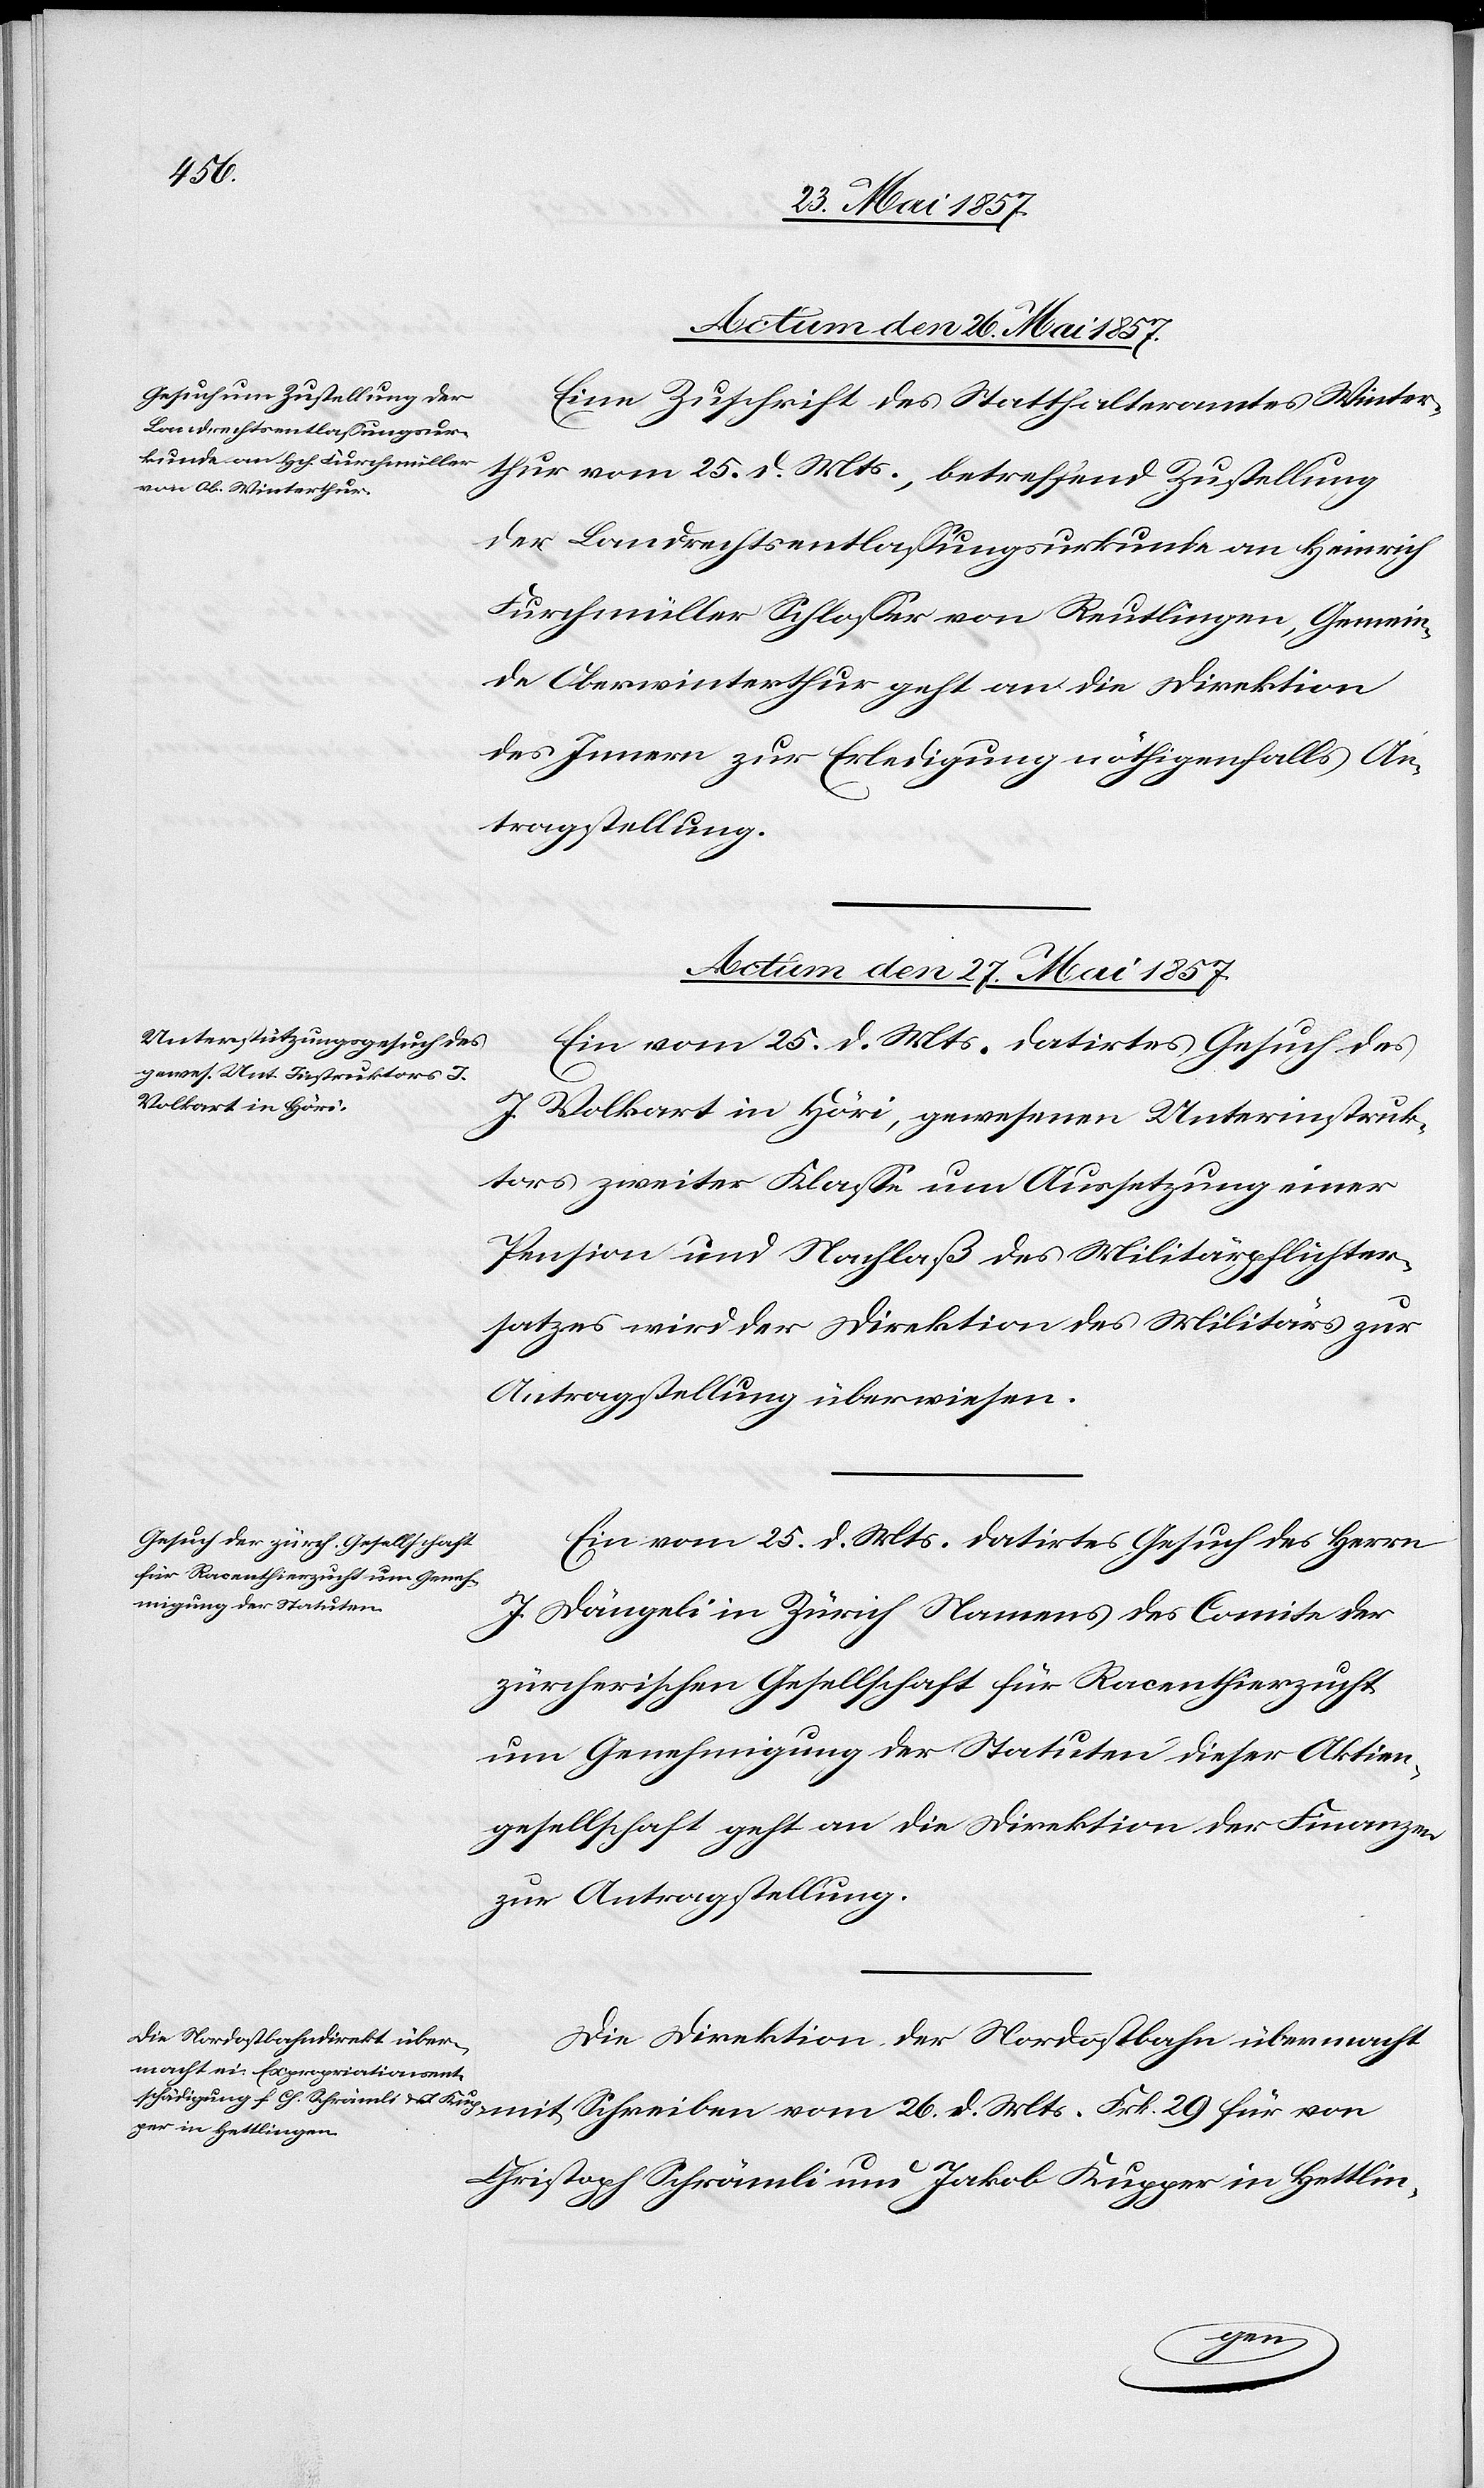
Actum den 26 Mai 1857.
Eine Zuschrift des Statthalteramtes Winter¬
thur vom 25 d. Mts., betreffend Zustellung
der Landrechtsentlassungsurkunde an Heinrich
Furchmüller Schloßer von Reutlingen, Gemein¬
de Oberwinterthur geht an die Direktion
des Innern zur Erledigung nöthigenfalls An¬
tragstellung.
Actum den 27 Mai 1857.]
Ein vom 25 d. Mts. datirtes Gesuch des
J. Volkart in Höri, gewesenen Unterinstruk¬
tors zweiter Klasse um Aussetzung einer
Pension und Nachlaß des Militärpflichter¬
satzes wird der Direktion des Militärs zur
Antragstellung überwiesen.
Ein vom 25 d. Mts. datirtes Gesuch des Herrn
J. Dängeli in Zürich Namens des Comite der
zürcherischen Gesellschaft für Racenthierzucht
um Genehmigung der Statuten dieser Aktien¬
gesellschaft geht an die Direktion der Finanzen
zur Antragstellung.
Die Direktion der Nordostbahn übermacht
Christoph Schrämli und Jakob Kupper in Hettlin-